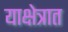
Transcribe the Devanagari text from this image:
याक्षेत्रात